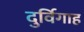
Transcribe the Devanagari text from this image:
दुर्विगाह